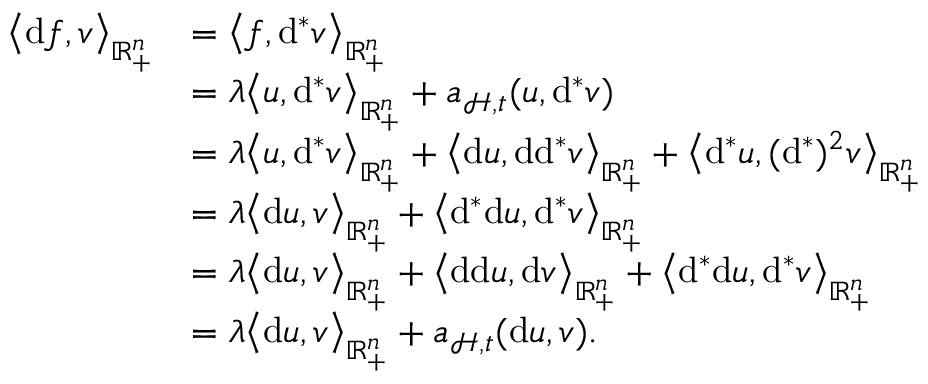
\begin{array} { r l } { \big \langle \mathrm { d } f , v \big \rangle _ { \mathbb { R } _ { + } ^ { n } } } & { = \big \langle f , \mathrm { d } ^ { \ast } v \big \rangle _ { \mathbb { R } _ { + } ^ { n } } } \\ & { = \lambda \big \langle u , \mathrm { d } ^ { \ast } v \big \rangle _ { \mathbb { R } _ { + } ^ { n } } + \mathfrak { a } _ { \mathcal { H } , \mathfrak { t } } ( u , \mathrm { d } ^ { \ast } v ) } \\ & { = \lambda \big \langle u , \mathrm { d } ^ { \ast } v \big \rangle _ { \mathbb { R } _ { + } ^ { n } } + \big \langle \mathrm { d } u , \mathrm { d } \mathrm { d } ^ { \ast } v \big \rangle _ { \mathbb { R } _ { + } ^ { n } } + \big \langle \mathrm { d } ^ { \ast } u , ( \mathrm { d } ^ { \ast } ) ^ { 2 } v \big \rangle _ { \mathbb { R } _ { + } ^ { n } } } \\ & { = \lambda \big \langle \mathrm { d } u , v \big \rangle _ { \mathbb { R } _ { + } ^ { n } } + \big \langle \mathrm { d } ^ { \ast } \mathrm { d } u , \mathrm { d } ^ { \ast } v \big \rangle _ { \mathbb { R } _ { + } ^ { n } } } \\ & { = \lambda \big \langle \mathrm { d } u , v \big \rangle _ { \mathbb { R } _ { + } ^ { n } } + \big \langle \mathrm { d } \mathrm { d } u , \mathrm { d } v \big \rangle _ { \mathbb { R } _ { + } ^ { n } } + \big \langle \mathrm { d } ^ { \ast } \mathrm { d } u , \mathrm { d } ^ { \ast } v \big \rangle _ { \mathbb { R } _ { + } ^ { n } } } \\ & { = \lambda \big \langle \mathrm { d } u , v \big \rangle _ { \mathbb { R } _ { + } ^ { n } } + \mathfrak { a } _ { \mathcal { H } , \mathfrak { t } } ( \mathrm { d } u , v ) \mathrm { . ~ } } \end{array}